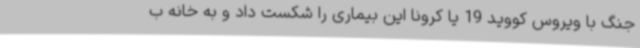
جنگ با ویروس کووید 19 یا کرونا این بیماری را شکست داد و به خانه ب